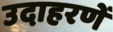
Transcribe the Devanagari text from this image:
उदाहरणें